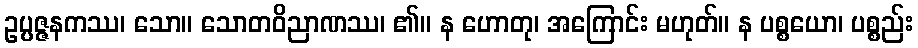
ဥပ္ပဇ္ဇနကဿ၊ သော။ သောတဝိညာဏဿ၊ ၏။ န ဟောတု၊ အကြောင်း မဟုတ်။ န ပစ္စယော၊ ပစ္စည်း